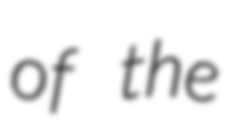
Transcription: of the